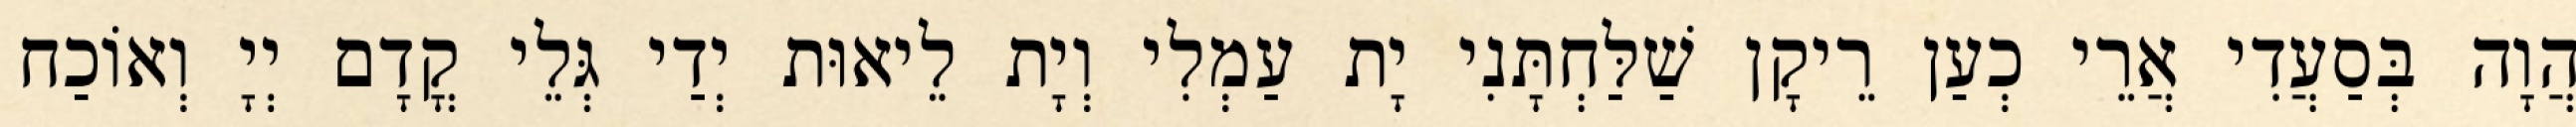
הֲוָה בְּסַעֲדִי אֲרֵי כְעַן רֵיקָן שַׁלַּחְתָּנִי יָת עַמְלִי וְיָת לֵיאוּת יְדַי גְּלֵי קֳדָם יְיָ וְאוֹכַח